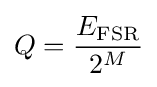
Q={\dfrac {E_{\mathrm {FSR} }}{2^{M}}}